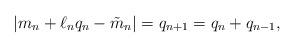
LaTeX: \begin{align*}|m_n+\ell_n q_n-\tilde{m}_n|=q_{n+1}=q_n+q_{n-1},\end{align*}